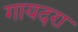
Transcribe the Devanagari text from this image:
गायदरा